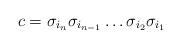
LaTeX: \begin{align*}c = \sigma_{i_n}\sigma_{i_{n-1}} \ldots \sigma_{i_2} \sigma_{i_1}\end{align*}